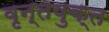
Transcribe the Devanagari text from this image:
वृन्तयुक्त